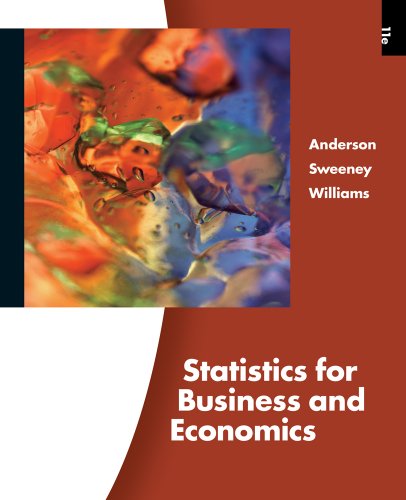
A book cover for Statistics for Business and Economics; David R. Anderson; Business & Money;